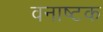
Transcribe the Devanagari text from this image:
वनाष्टक